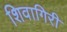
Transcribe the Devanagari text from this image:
शिवागिरी